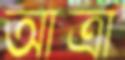
আত্রা